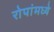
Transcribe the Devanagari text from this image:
रोपांमध्ये